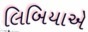
લિબિયાએ